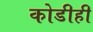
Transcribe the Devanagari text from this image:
कोडीही